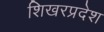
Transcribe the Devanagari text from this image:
शिखरप्रदेश